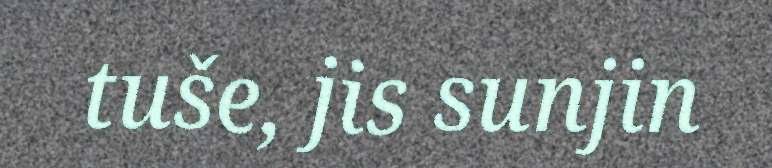
tuše, jis sunjin